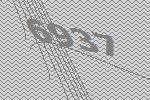
6937